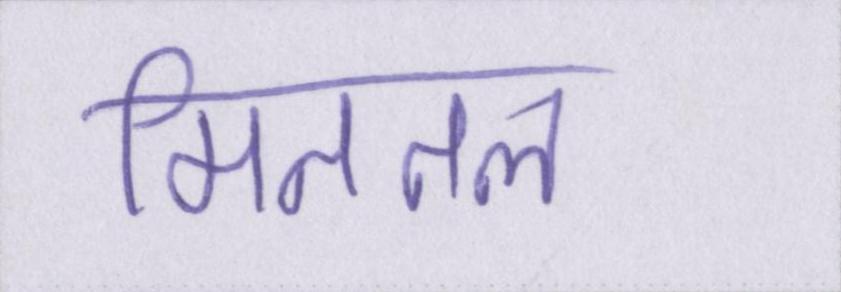
मिततल